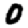
Digit: 0